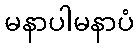
မနာပါမနာပံ